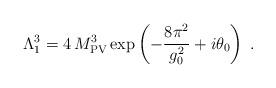
LaTeX: \begin{align*}\Lambda_1^3=4\, M_{\rm PV}^3\exp\left(-\frac{8\pi^2}{g_0^2}+i\theta_0\right)\;.\end{align*}